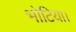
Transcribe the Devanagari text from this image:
भोटिया।